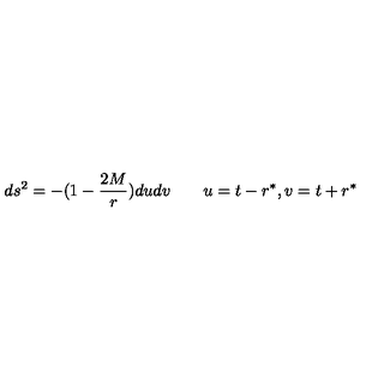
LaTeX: d s ^ { 2 } = - ( 1 - { \frac { 2 M } { r } } ) d u d v \qquad u = t - r ^ { * } , v = t + r ^ { * }